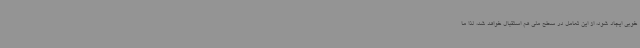
خوبی ایجاد شود، از این تعامل در سطح ملی هم استقبال خواهد شد، لذا ما